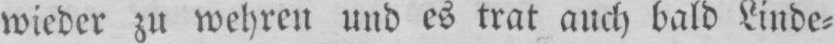
wieder zu wehren und es trat auch bald Linde⸗